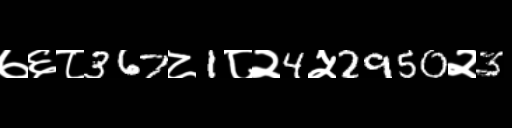
Text: ७६८367८1८२4५2950२3